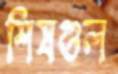
শিষগুল